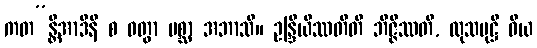
ကတ”န္တိအာဒီနိ စ ဝတွာ ပစ္ဆာ အဘာသိ။ ဥန္ဒြိယိဿတီတိ ဘိဇ္ဇိဿတိ, ထုသမုဋ္ဌိ ဝိယ